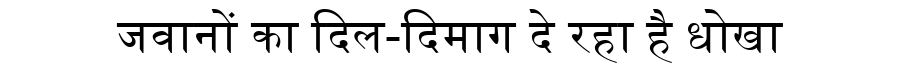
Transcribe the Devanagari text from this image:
जवानों का दिल-दिमाग दे रहा है धोखा